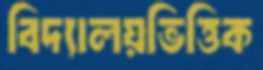
বিদ্যালয়ভিত্তিক